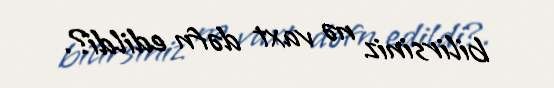
bilirsiniz nə vaxt dəfn edildi?.